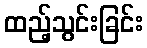
ထည့်သွင်းခြင်း